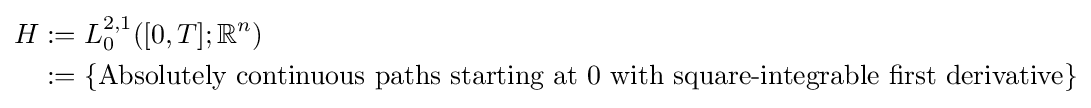
{\begin{aligned}H&:=L_{0}^{2,1}([0,T];\mathbb {R} ^{n})\\&:=\{{\text{Absolutely continuous paths starting at 0 with square-integrable first derivative}}\}\end{aligned}}